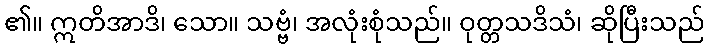
၏။ ဣတိအာဒိ၊ သော။ သဗ္ဗံ၊ အလုံးစုံသည်။ ဝုတ္တသဒိသံ၊ ဆိုပြီးသည်